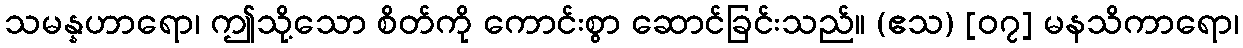
သမန္နဟာရော၊ ဤသို့သော စိတ်ကို ကောင်းစွာ ဆောင်ခြင်းသည်။ (ဧသ) [၀၇] မနသိကာရော၊